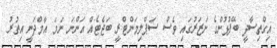
އިގްތިސާދީ ބޭފުޅުންގެ ނަޒަރުގައި ވެސް ސަޕްލިމަންޓްރީ ބަޖެޓެއް އަންނަ ނަމަ އާމްދަނީ އިތުރު